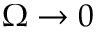
\Omega \rightarrow 0